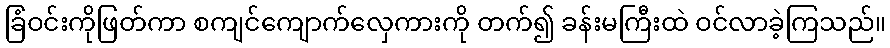
ခြံဝင်းကိုဖြတ်ကာ စကျင်ကျောက်လှေကားကို တက်၍ ခန်းမကြီးထဲ ဝင်လာခဲ့ကြသည်။